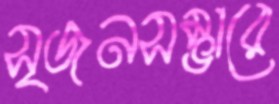
সৃজনসম্ভারে